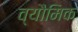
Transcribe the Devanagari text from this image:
व्यौमिक